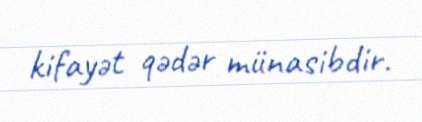
kifayət qədər münasibdir.